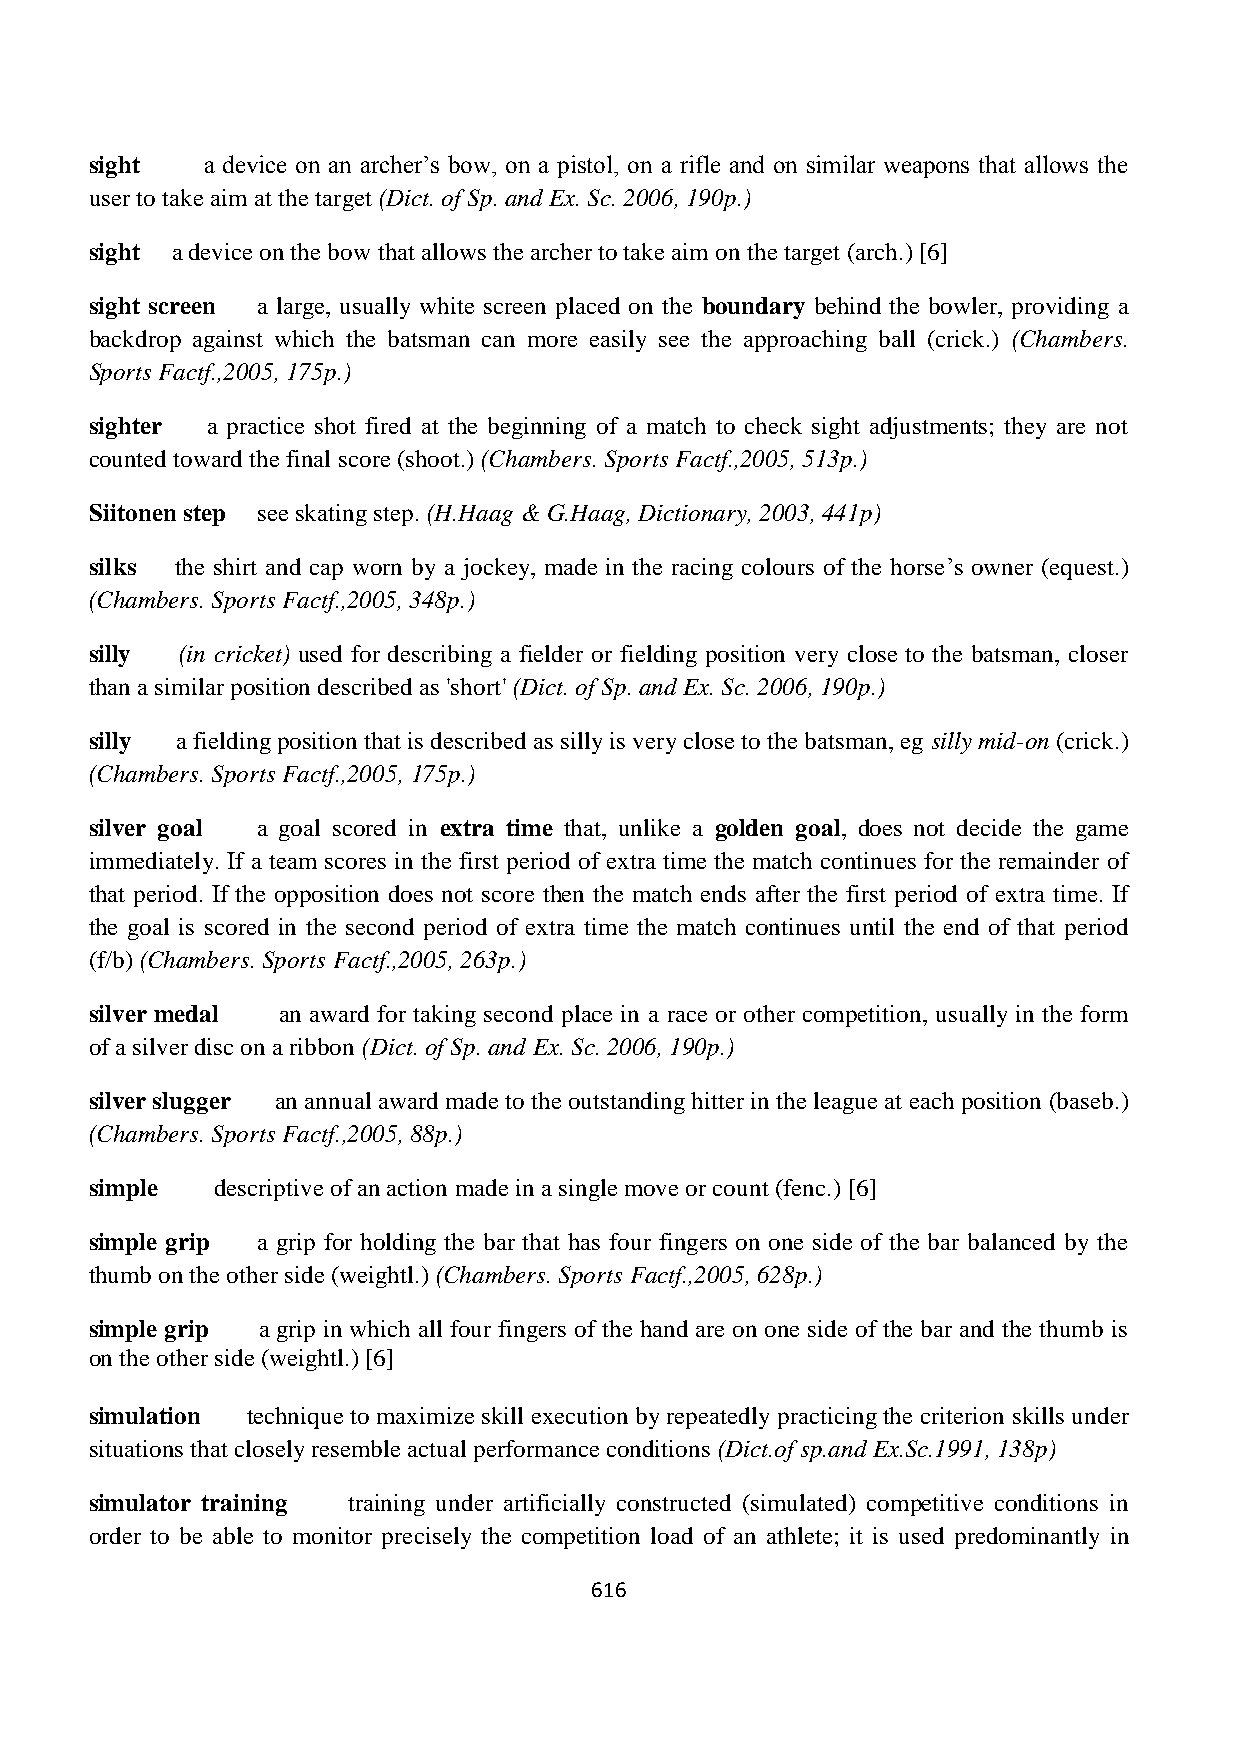
sight   a device on an archer‟s bow, on a pistol, on a rifle and on similar weapons that allows the
 user to take aim at the target (Dict. of Sp. and Ex. Sc. 2006, 190p.)
 sight a device on the bow that allows the archer to take aim on the target (arch.) [6]
 sight screen a large, usually white screen placed on the boundary behind the bowler, providing a
 backdrop against which the batsman can more easily see the approaching ball (crick.) (Chambers.
 Sports Factf.,2005, 175p.)
 sighter a practice shot fired at the beginning of a match to check sight adjustments; they are not
 counted toward the final score (shoot.) (Chambers. Sports Factf.,2005, 513p.)
 Siitonen step see skating step. (H.Haag & G.Haag, Dictionary, 2003, 441p)
 silks the shirt and cap worn by a jockey, made in the racing colours of the horse‟s owner (equest.)
 (Chambers. Sports Factf.,2005, 348p.)
 silly (in cricket) used for describing a fielder or fielding position very close to the batsman, closer
 than a similar position described as 'short' (Dict. of Sp. and Ex. Sc. 2006, 190p.)
 silly a fielding position that is described as silly is very close to the batsman, eg silly mid-on (crick.)
 (Chambers. Sports Factf.,2005, 175p.)
 silver goal a goal scored in extra time that, unlike a golden goal, does not decide the game
 immediately. If a team scores in the first period of extra time the match continues for the remainder of
 that period. If the opposition does not score then the match ends after the first period of extra time. If
 the goal is scored in the second period of extra time the match continues until the end of that period
 (f/b) (Chambers. Sports Factf.,2005, 263p.)
 silver medal an award for taking second place in a race or other competition, usually in the form
 of a silver disc on a ribbon (Dict. of Sp. and Ex. Sc. 2006, 190p.)
 silver slugger an annual award made to the outstanding hitter in the league at each position (baseb.)
 (Chambers. Sports Factf.,2005, 88p.)
 simple  descriptive of an action made in a single move or count (fenc.) [6]
 simple grip a grip for holding the bar that has four fingers on one side of the bar balanced by the
 thumb on the other side (weightl.) (Chambers. Sports Factf.,2005, 628p.)
 simple grip a grip in which all four fingers of the hand are on one side of the bar and the thumb is
 on the other side (weightl.) [6]
 simulation technique to maximize skill execution by repeatedly practicing the criterion skills under
 situations that closely resemble actual performance conditions (Dict.of sp.and Ex.Sc.1991, 138p)
 simulator training training under artificially constructed (simulated) competitive conditions in
 order to be able to monitor precisely the competition load of an athlete; it is used predominantly in
 616